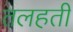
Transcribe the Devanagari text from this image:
तलहती